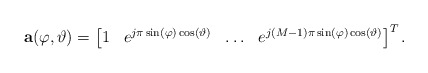
\begin{align*} \textbf{a}(\varphi,\vartheta) =\begin{bmatrix} 1& e^{j\pi \sin(\varphi)\cos(\vartheta)}& \ldots& e^{j(M-1)\pi\sin(\varphi)\cos(\vartheta)} \end{bmatrix} ^T. \end{align*}